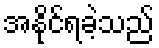
အနိုင်ရခဲ့သည်